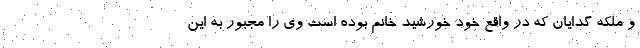
و ملکه گدایان که در واقع خود خورشید خانم بوده است وی را مجبور به این